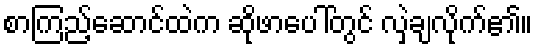
စာကြည့်ဆောင်ထဲက ဆိုဖာပေါ်တွင် လှဲချလိုက်၏။